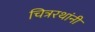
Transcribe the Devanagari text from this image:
चित्ररथांनी